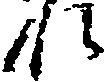
れ